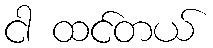
ငါ ထင်တယ်